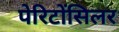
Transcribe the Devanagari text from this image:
पेरिटोंसिलर